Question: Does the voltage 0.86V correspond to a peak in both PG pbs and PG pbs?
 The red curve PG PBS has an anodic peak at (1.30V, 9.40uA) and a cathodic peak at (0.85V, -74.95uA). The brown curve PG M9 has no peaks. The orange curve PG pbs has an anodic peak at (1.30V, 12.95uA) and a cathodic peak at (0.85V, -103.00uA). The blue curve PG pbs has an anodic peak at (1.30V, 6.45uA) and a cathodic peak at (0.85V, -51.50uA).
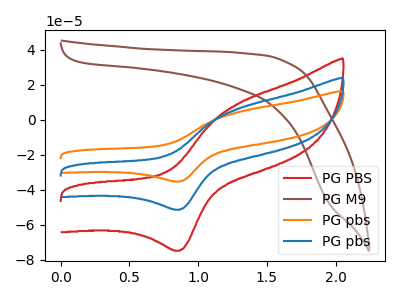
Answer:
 <answer>Yes, "PG pbs" and "PG pbs" share a peak at 0.86V.</answer>
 <eval>match</eval>